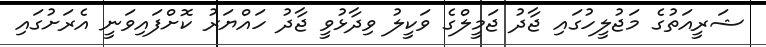
ޝަރީއަތުގެ މަޖުލީހުގައި ޖާދު ޖަމީލްގެ ވަކީލު ވިދާޅުވީ ޖާދު ހައްޔަރު ކޮށްފައިވަނީ އެރަށުގައި